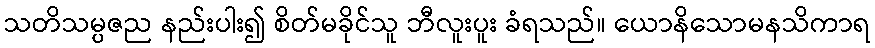
သတိသမ္ပဇည နည်းပါး၍ စိတ်မခိုင်သူ ဘီလူးပူး ခံရသည်။ ယောနိသောမနသိကာရ